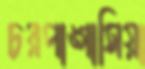
চরপাঙ্গাসিয়া